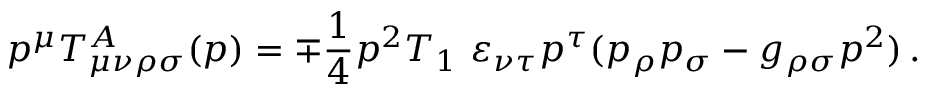
p ^ { \mu } T _ { \mu \nu \rho \sigma } ^ { A } ( p ) = \mp \frac { 1 } { 4 } p ^ { 2 } T _ { 1 } \ \varepsilon _ { \nu \tau } p ^ { \tau } ( p _ { \rho } p _ { \sigma } - g _ { \rho \sigma } p ^ { 2 } ) \, .